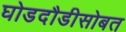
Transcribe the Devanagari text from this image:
घोडदौडीसोबत